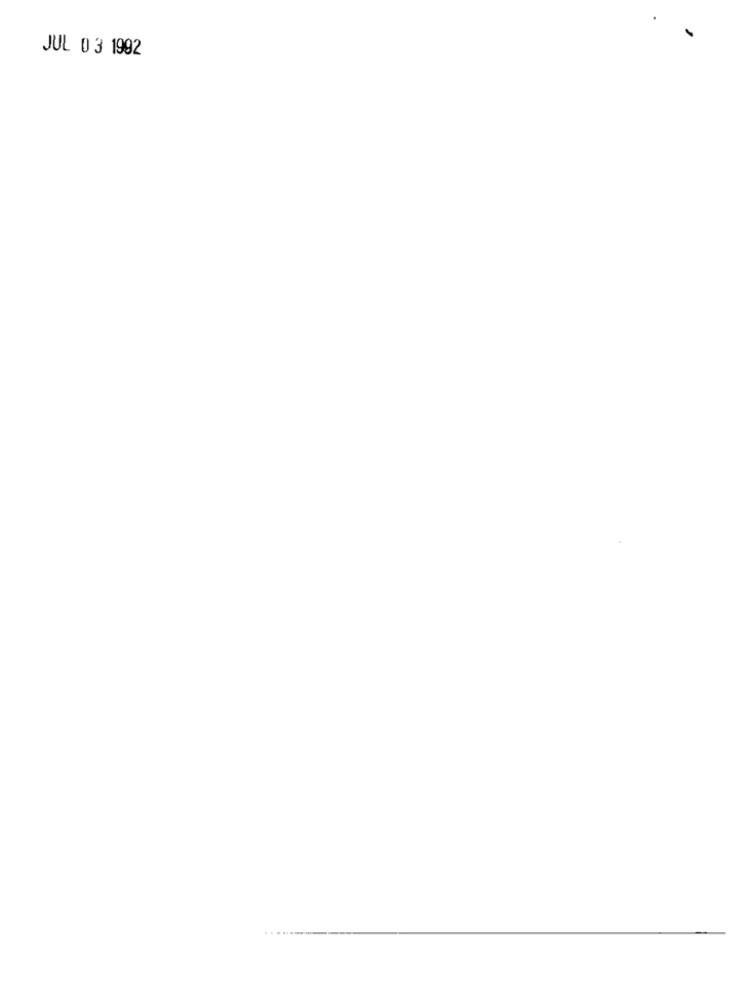
JUL 03 1992